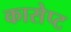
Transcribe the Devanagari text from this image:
कासेप्ट